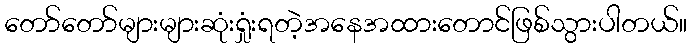
တော်တော်များများဆုံးရှုံးရတဲ့အနေအထားတောင်ဖြစ်သွားပါတယ်။